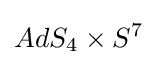
AdS_{4}\times S^{7}